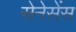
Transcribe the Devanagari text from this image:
सेनेसेंस